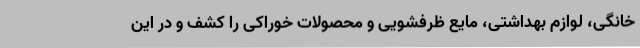
خانگی، لوازم بهداشتی، مایع ظرفشویی و محصولات خوراکی را کشف و در این